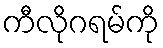
ကီလိုဂရမ်ကို